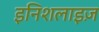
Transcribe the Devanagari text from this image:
इनिशलाइज़